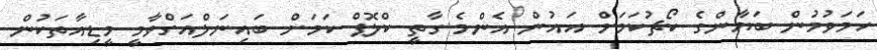
ހަމަވުމުން ބަޔާންގެ ކޯޗުކަމަށް އައުން އެންމެ ގާތީ ކްލޮޕް ކަމަށް ބައިނަލްއަގްވާމީ މީޑިއާތަކުން